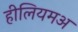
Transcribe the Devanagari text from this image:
हीलियमअ